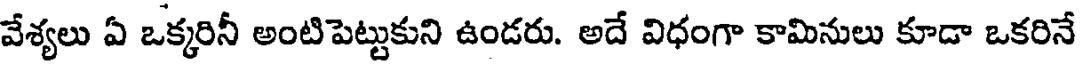
వేశ్యలు ఏ ఒక్కరినీ అంటిపెట్టుకుని ఉండరు. అదే విధంగా కామినులు కూడా ఒకరినే